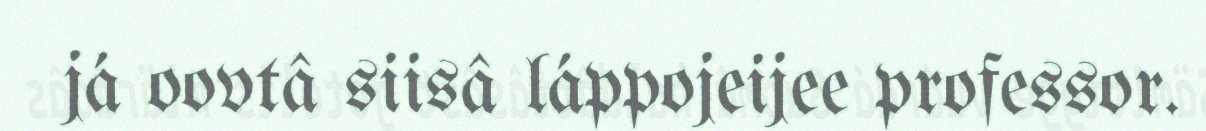
já oovtâ siisâ láppojeijee professor.